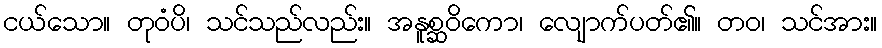
ငယ်သော။ တုဝံပိ၊ သင်သည်လည်း။ အနူစ္ဆဝိကော၊ လျောက်ပတ်၏။ တဝ၊ သင်အား။